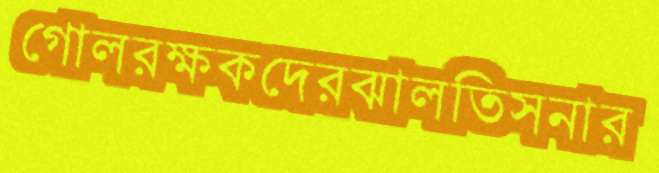
গোলরক্ষকদেরঝালতিসনার